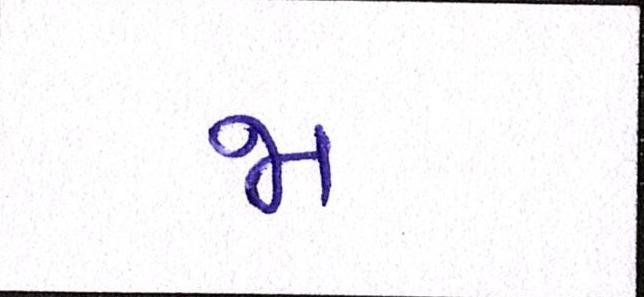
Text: જા